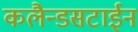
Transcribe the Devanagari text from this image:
कलैन्डसटाईन